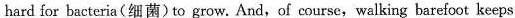
hard for bacteria(细菌)to grow. And,of course,walking barefoot keeps